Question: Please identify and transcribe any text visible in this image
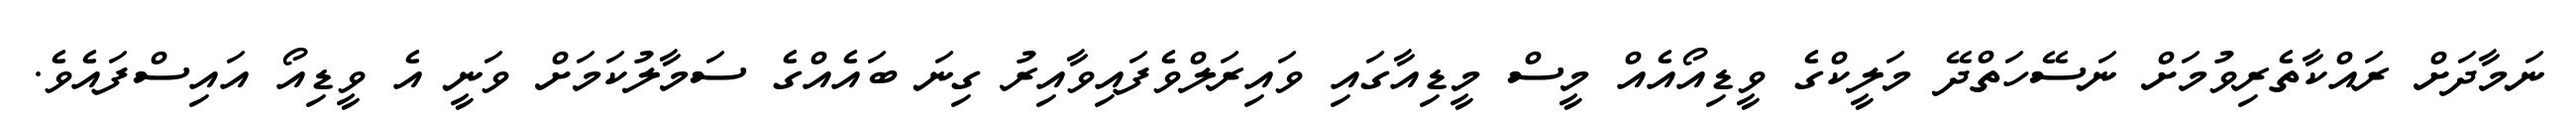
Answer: ނަމާދަށް ރައްކާތެރިވުމަށް ނަސޭހަތްދޭ މަލީކްގެ ވީޑިއޯއެއް މީސް މީޑިއާގައި ވައިރަލްވެފައިވާއިރު ގިނަ ބައެއްގެ ސަމާލުކަމަށް ވަނީ އެ ވީޑިއޯ އައިސްފައެވެ.